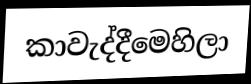
කාවැද්දීමෙහිලා